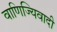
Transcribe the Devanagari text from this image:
वाणिज्यिवादी